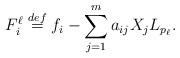
LaTeX: \begin{align*}F_i^\ell \overset{def}{=} f_i - \sum_{j=1}^m a_{ij} X_j L_{ p_\ell}.\end{align*}